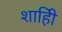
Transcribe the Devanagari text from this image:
शाहीि